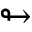
\looparrowright